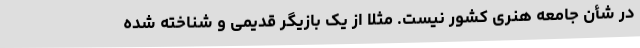
در شأن جامعه هنری کشور نیست. مثلا از یک بازیگر قدیمی و شناخته شده